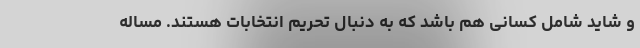
و شاید شامل کسانی هم باشد که به دنبال تحریم انتخابات هستند. مساله